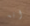
انه